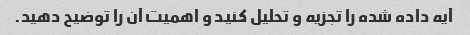
آیه داده شده را تجزیه و تحلیل کنید و اهمیت آن را توضیح دهید.